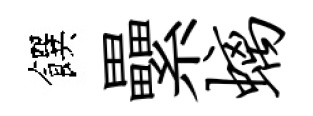
饌纍螭